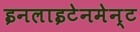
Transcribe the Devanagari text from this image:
इनलाइटेनमेन्ट